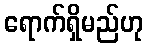
ရောက်ရှိမည်ဟု